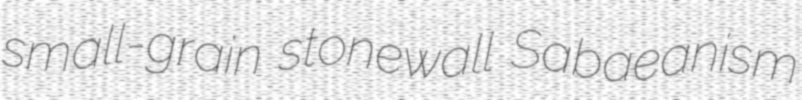
small-grain stonewall Sabaeanism